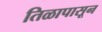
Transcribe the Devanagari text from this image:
तिळापासून